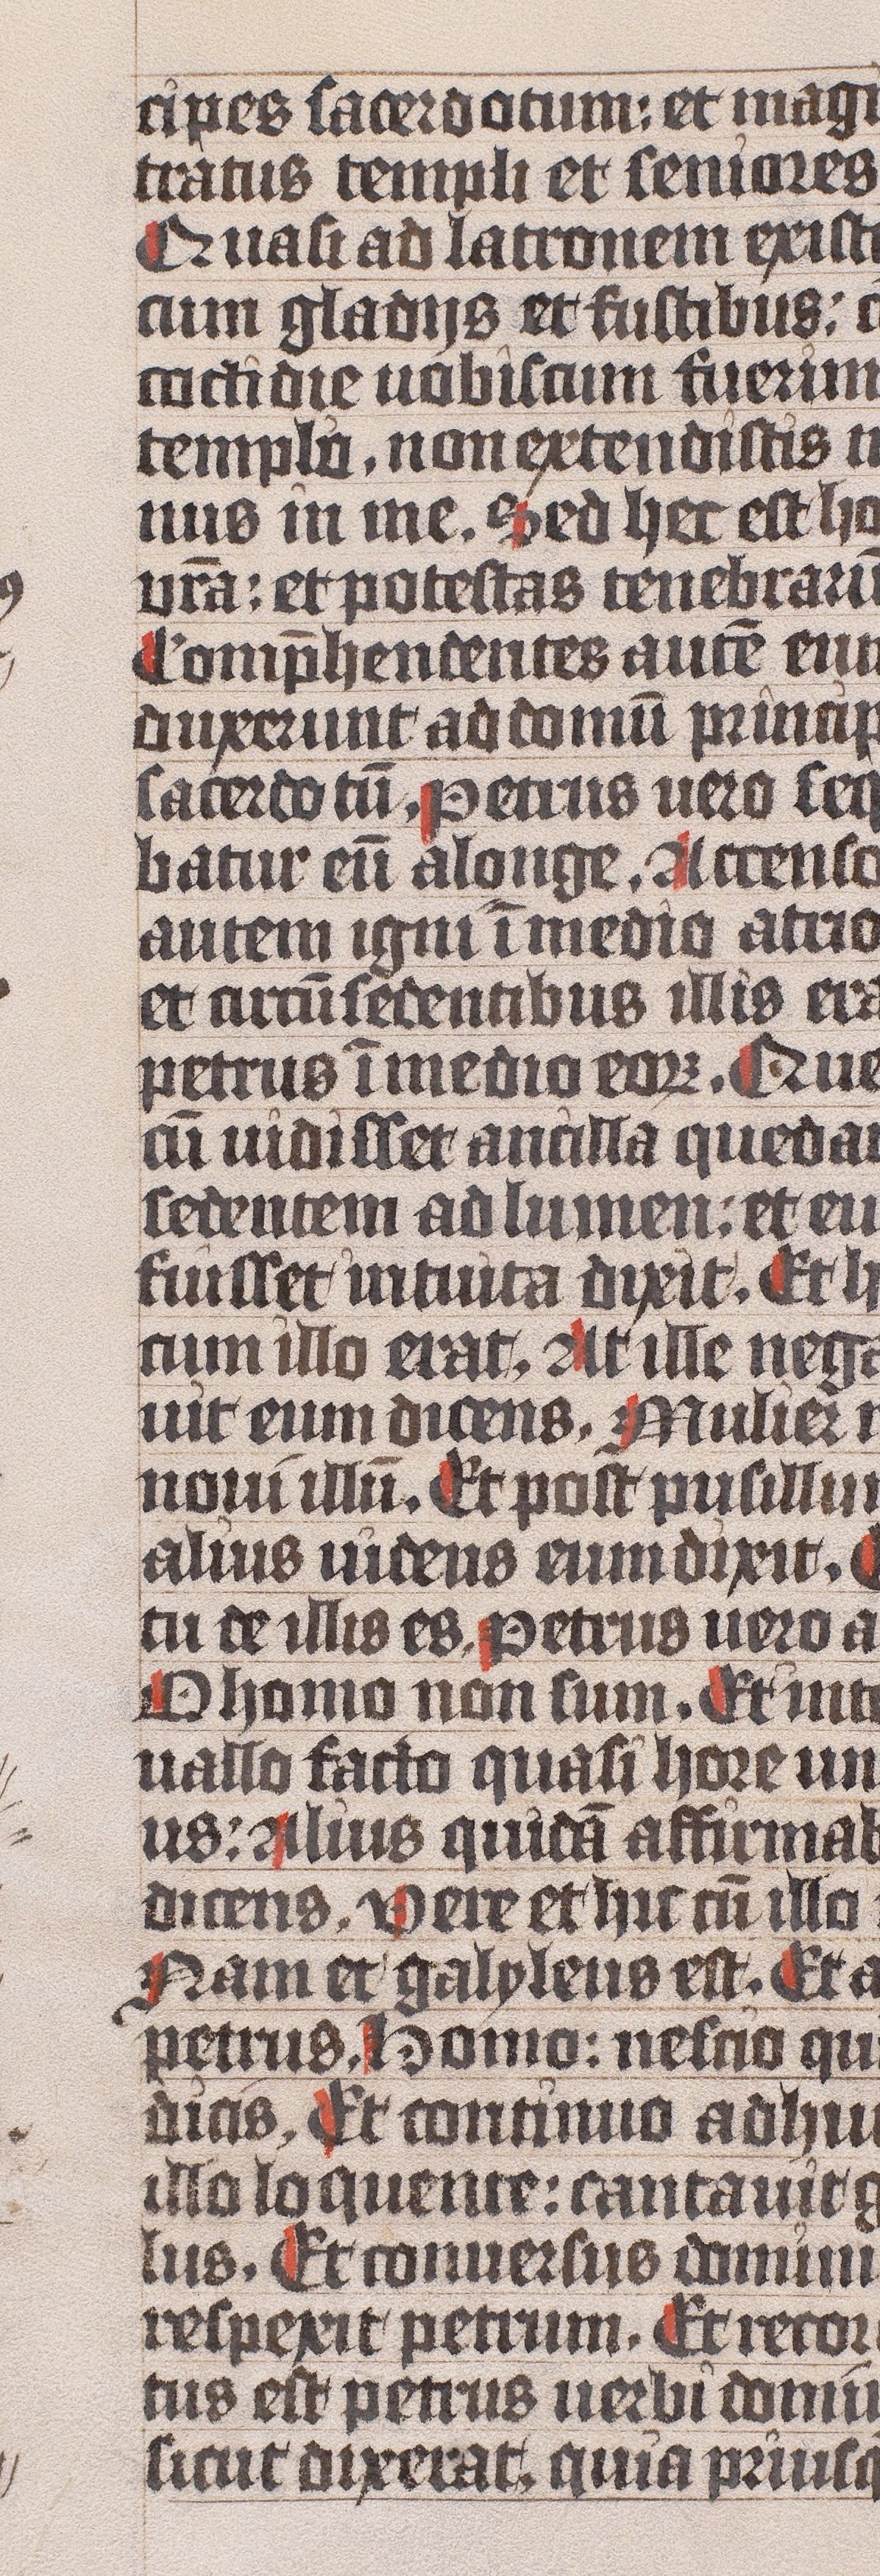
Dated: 1445–1475